Report on horse surra - Volume I
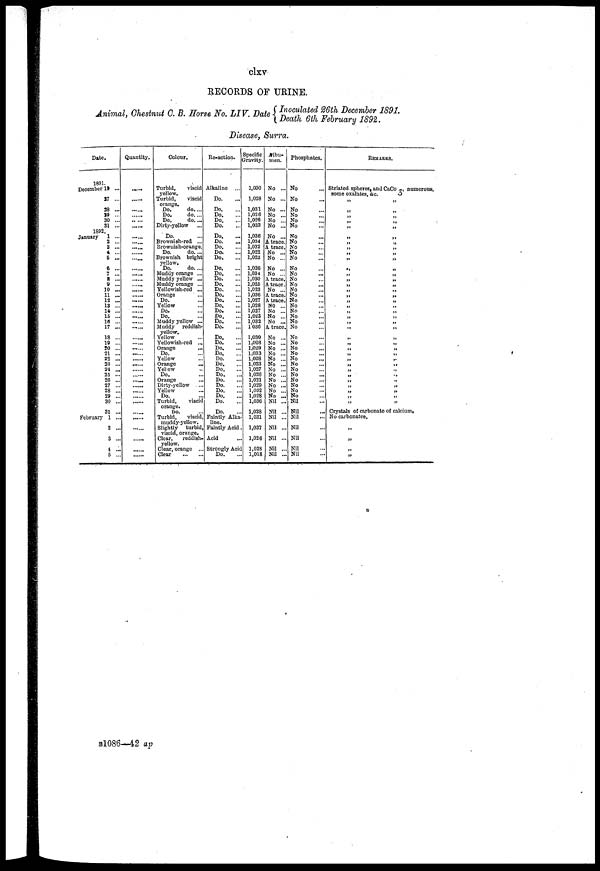
clxv
RECORDS OF URINE.
Animal, Chestnut G. B. Horse No. LIV. Date { Inoculated 26th December 1891.
{ Death 6th February 1892.
Disease, Surra.
Date.
1891.
December 19 ...
27 ...
38 ...
29 ...
30 ...
31 ...
1892.
January 1 ...
2 ...
3 ...
4 ...
5 ...
6 ...
7 ...
8 ...
9 ...
30 ...
11 ...
12 ...
13 ...
14 ...
15 ...
16 ...
17 ...
18 ...
13 ...
20 ...
21 ...
22 ...
23 ...
24 ...
25 ...
26 ...
27 ...
28 ...
29 ...
30 ...
31 ...
February 1 ...
2 ...
3 ...
4 ...
5 ..
Quantity.
...
Colour.
Turbid,
viscid
yellow.
Turbid,
viscid
orange.
Do.
do....
Do.
do. ...
Do,
do. ...
Dirty-yellow
Do.
Brownish-red ...
Brownish-orange.
Do.
do. ...
Brownish bright
yellow.
Do.
do. ...
Muddy orange ...
Muddy yellow ...
Muddy orange ...
Yellowish-red ...
Orange
Do.
Yellow
Do.
Do.
Muddy yellow ...
Muddy
reddish-
yellow.
Yellow
Yellowish-red ...
Orange
Do.
Yellow
Orange
...
Yellow
Do.
Orange
Dirty-yellow . ...
Yellow
Do.
Turbid,
viscid
orange.
DO.
Turbid,
viscid,
muddy-yellow.
Slightly
turbid,
viscid, orange.
Clear,
reddish-
yellow.
Clear, orange ...
Clear
Re-action.
Alkaline
Do.
Do.
Do.
Do.
Do.
Do.
Do.
Do.
Do.
Do.
Do.
Do.
Do.
Do.
Do.
Do.
Do.
Do.
Do.
Do.
Do.
Do.
Do.
Do.
Do.
Do.
Do.
Do.
Do.
Do.
Do.
Do.
Do.
Do.
Do.
Do.
Faintly Alka-
line.
Faintly Acid.
Acid
Strongly Acid
Do.
Specific
Gravity.
1,030
1,028
1,031
1,026
1,026
1,033
1,036
1,034
1,032
1,022
1,023
1,026
1,034
1,030
1,025
1,023
1,036
1,027
1,028
1,027
1,023
1.032
1036
1,030
1,026
1,029
1,033
1,028
1,023
1,027
1,026
1,021
1,029
1,032
1,028
1,036
1,028
1,031
1,037
1,026
1,028
1,018
Albu-
men.
No ...
No ...
No ...
No ...
No ...
No ...
No ...
A trace.
A trace,
No ...
No ...
No ...
No ...
A trace.
A trace.
No ...
A trace.
A trace.
NO ...
No ...
No ...
No ...
A trace.
No ...
No ...
No ...
No ...
No ...
No ...
No ...
No ...
No ...
No ...
No ...
No ...
Nil ...
Nil ...
Nil ...
Nil ...
Nil ...
Nil ...
Nil ...
Phosphates.
No
No
No
No
No
No
No
No
No
No
No
No
No
No
No
No
No
No
No
No
No
No
No
No
No
No
No
No
No
No
No
No
No
No
No
Nil
Nil
Nil
Nil
Nil
Nil
Nil
REMARKS.
Striated spheres, and CaCo3, numerous,
some oxalates, &c.
„ „
„
„
„
„
„
„
„
„ „
„
„ „
„
„
„
„
„
„
„
„
„
„
„
„
„
„
„
„
„ „
„ „
„
,.
„
„
„
„
„
„ „
„ „
„
„
„
„
„
„
„
„
„
„
"
Crystals of carbonate of calcium,
No carbonates.
"
„
„
„
B1086—42 ap